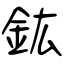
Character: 鈜